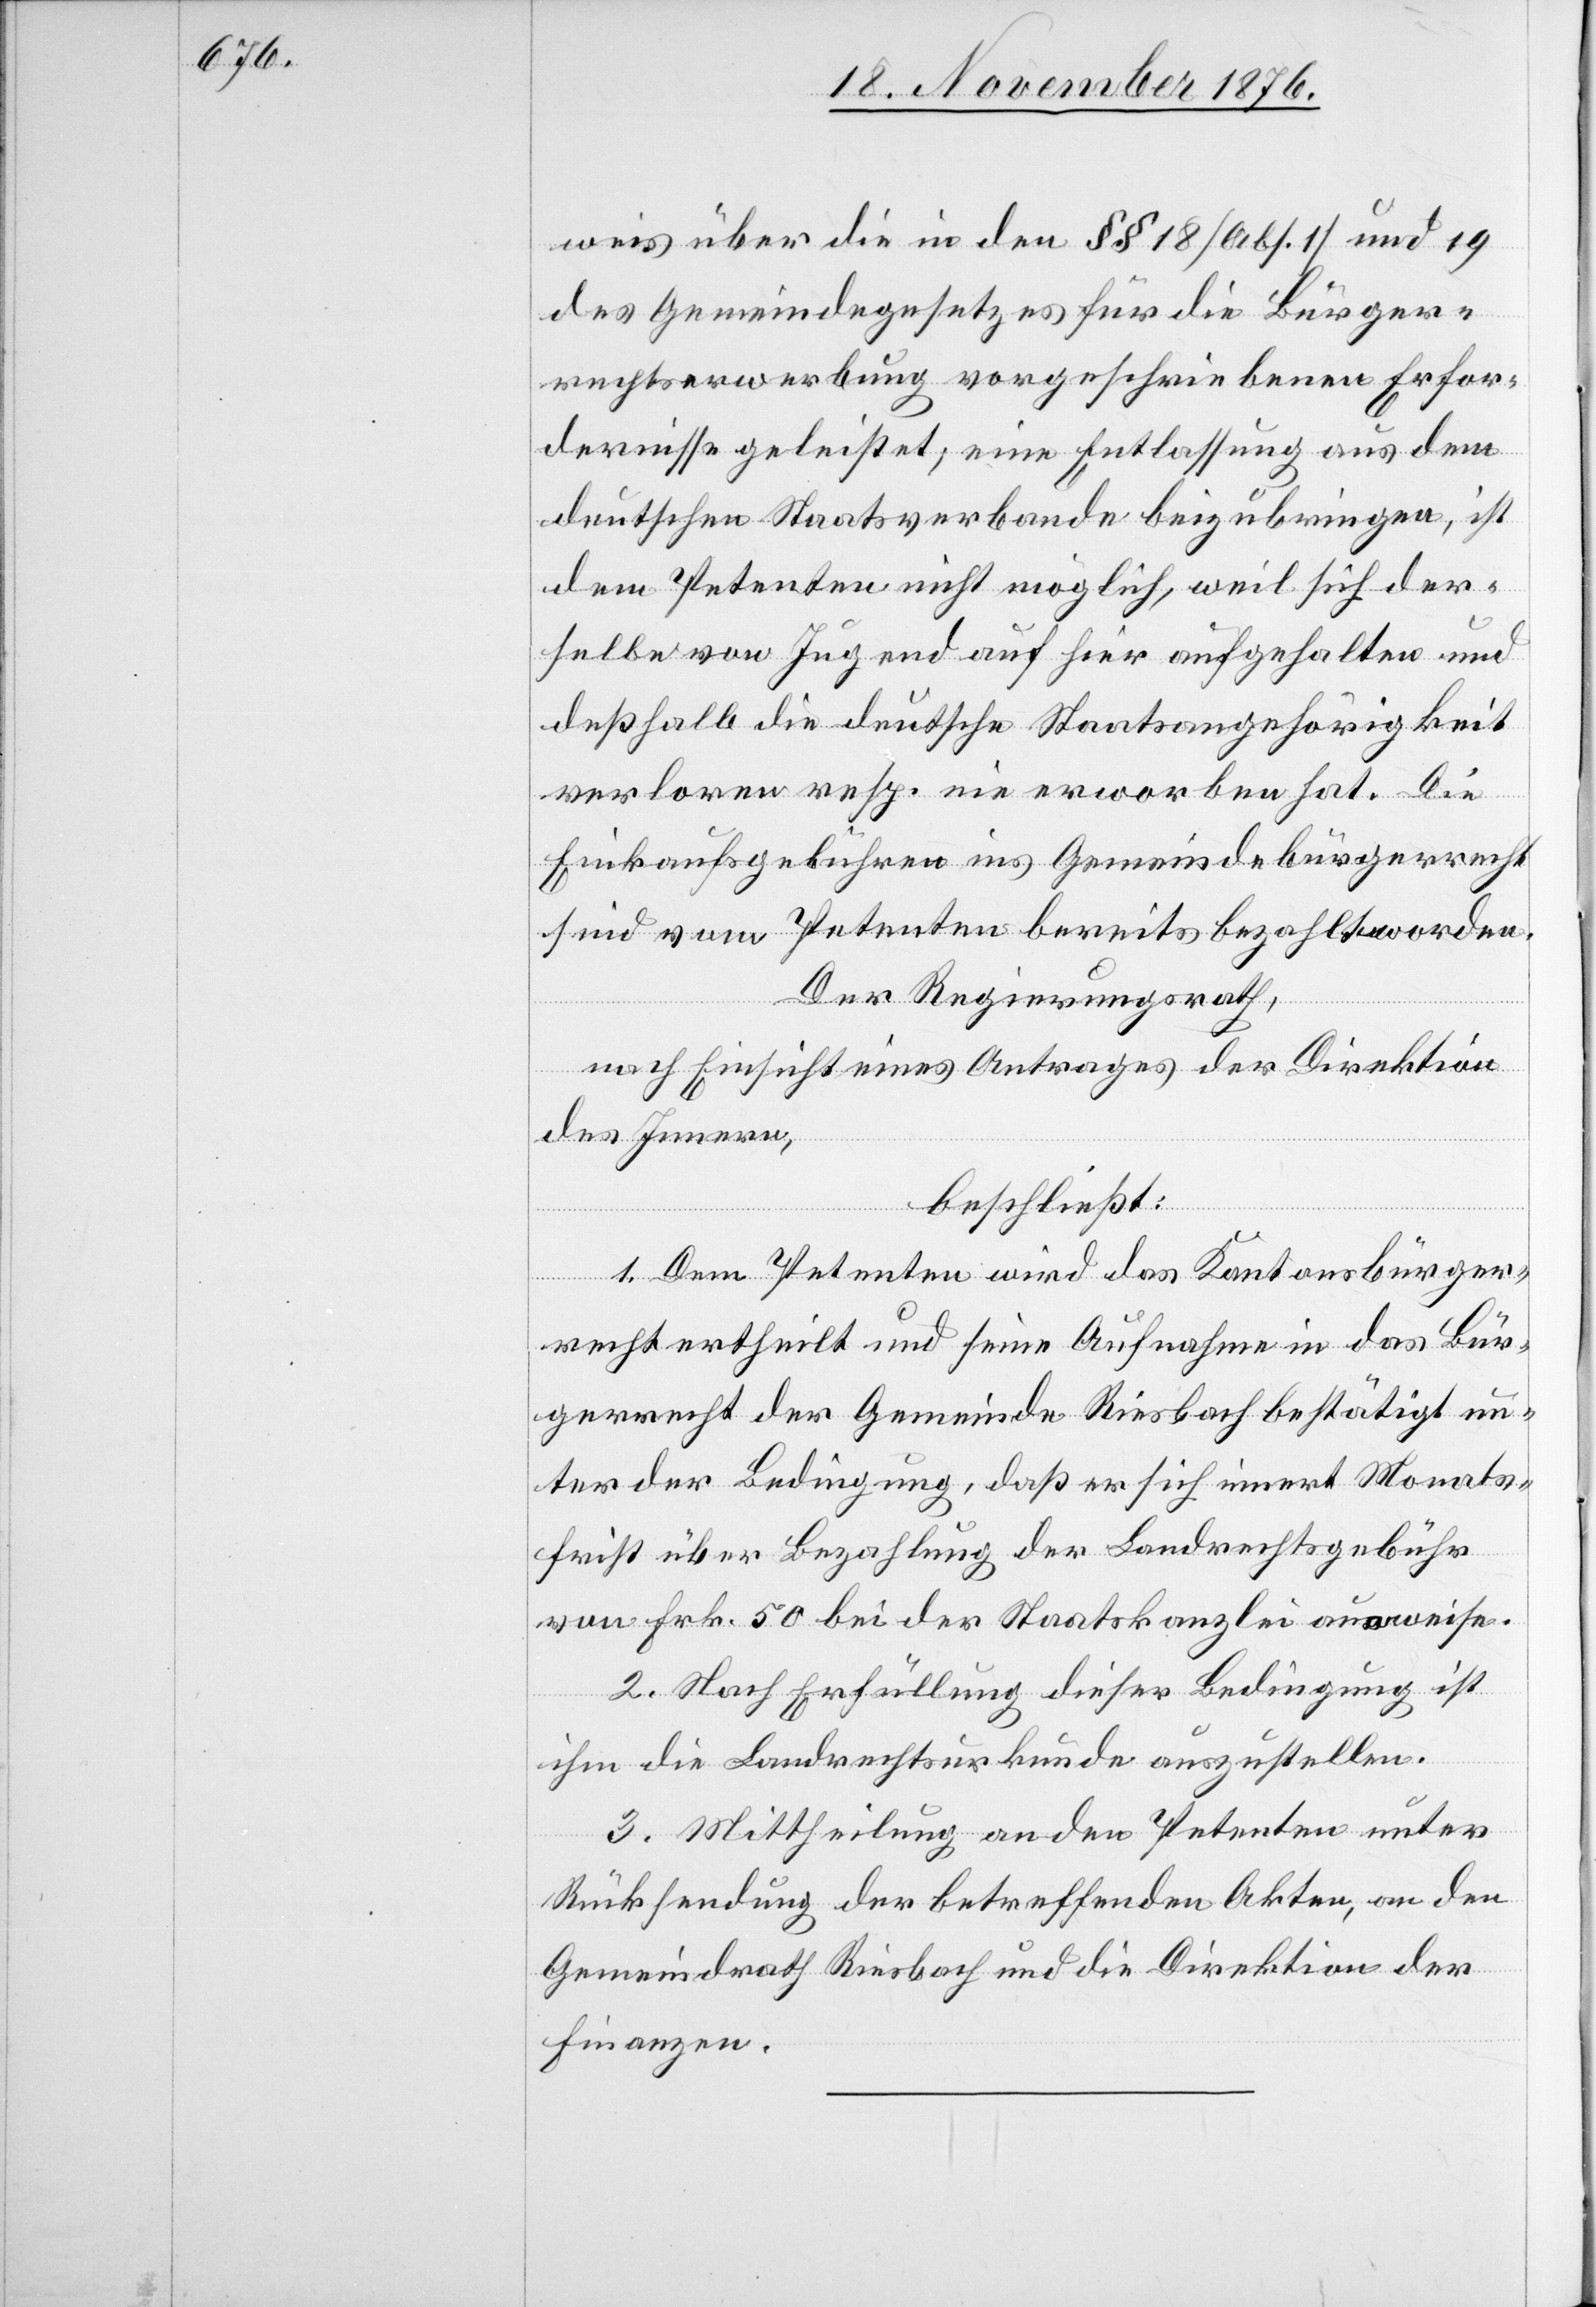
weis über die in den §§ 18 [Abs. 1] und 19
des Gemeindegesetzes für die Bürger¬
rechtserwerbung vorgeschriebenen Erfor¬
dernisse geleistet; eine Entlassung aus dem
deutschen Staatsverbande beizubringen ist
dem Petenten nichtmöglich, weil sich der¬
selbe von Jugend auf hier aufgehalten und
deßhalb die deutsche Staatsangehörigkeit
verloren resp. nie erworben hat. Die
Einkaufsgebühren ins Gemeindebürgerrecht
sind vom Petenten bereits bezahlt worden.
Der Regierungsrath,
nach Einsicht eines Antrages der Direktion
des Innern,
beschließt:
1. Dem Petenten wird das Kantonsbürger¬
recht ertheilt und seine Aufnahme in das Bür¬
gerrecht der Gemeinde Riesbach bestätigt, un¬
ter der Bedingung, daß er sich innert Monats¬
frist über Bezahlung der Landrechtsgebühr
von Frk. 50 bei der Staatskanzlei ausweise.
2. Nach Erfüllung dieser Bedingung ist
ihm die Landrechtsurkunde auszustellen.
3. Mittheilung an den Petenten unter
Rücksendung der betreffenden Akten, an den
Gemeindrath Riesbach und die Direktion der
Finanzen.